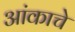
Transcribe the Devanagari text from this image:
आंकाचे